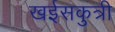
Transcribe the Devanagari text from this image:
खईसकुत्री